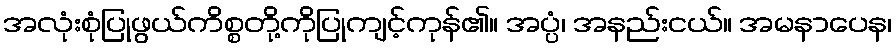
အလုံးစုံပြုဖွယ်ကိစ္စတို့ကိုပြုကျင့်ကုန်၏။ အပ္ပံ၊ အနည်းငယ်။ အမနာပေန၊